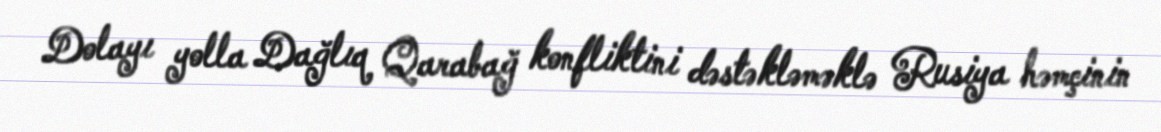
Dolayı yolla Dağlıq Qarabağ konfliktini dəstəkləməklə Rusiya həmçinin